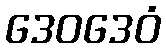
ဒေဝဒေဝံ